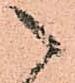
之